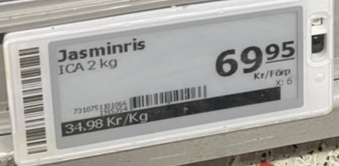
Vara: Jasminris
Genomsnittspris: 34.98 per kg